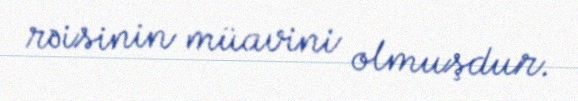
rəisinin müavini olmuşdur.